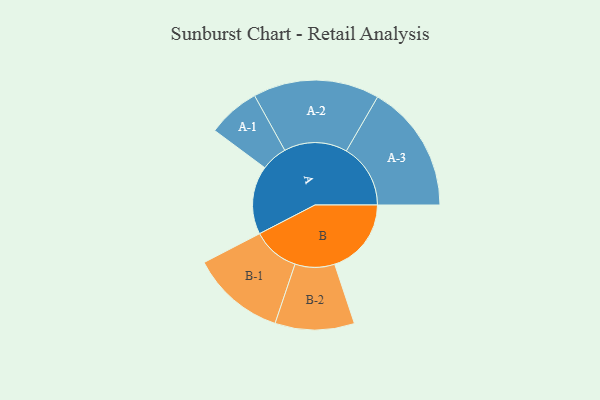
{"axis": {"x": "Segment", "y": "Value"}, "legend": ["", "A", "B"], "data": [{"x": "A", "y": 285, "type": ""}, {"x": "B", "y": 319, "type": ""}, {"x": "A-1", "y": 109, "type": "A"}, {"x": "A-2", "y": 263, "type": "A"}, {"x": "A-3", "y": 267, "type": "A"}, {"x": "B-1", "y": 196, "type": "B"}, {"x": "B-2", "y": 165, "type": "B"}]}